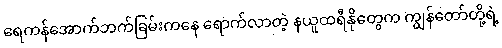
ရေကန်အောက်ဘက်ခြမ်းကနေ ရောက်လာတဲ့ နယူထရီနိုတွေက ကျွန်တော်တို့ရဲ့